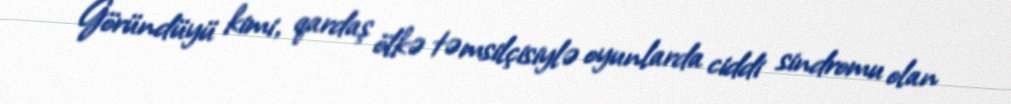
Göründüyü kimi, qardaş ölkə təmsilçisiylə oyunlarda ciddi sindromu olan